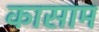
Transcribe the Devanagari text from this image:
कासाम